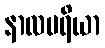
နာလမရိယာ